Lunatic asylums Madras 1892-1911 - 1892-1911
Year: 1892
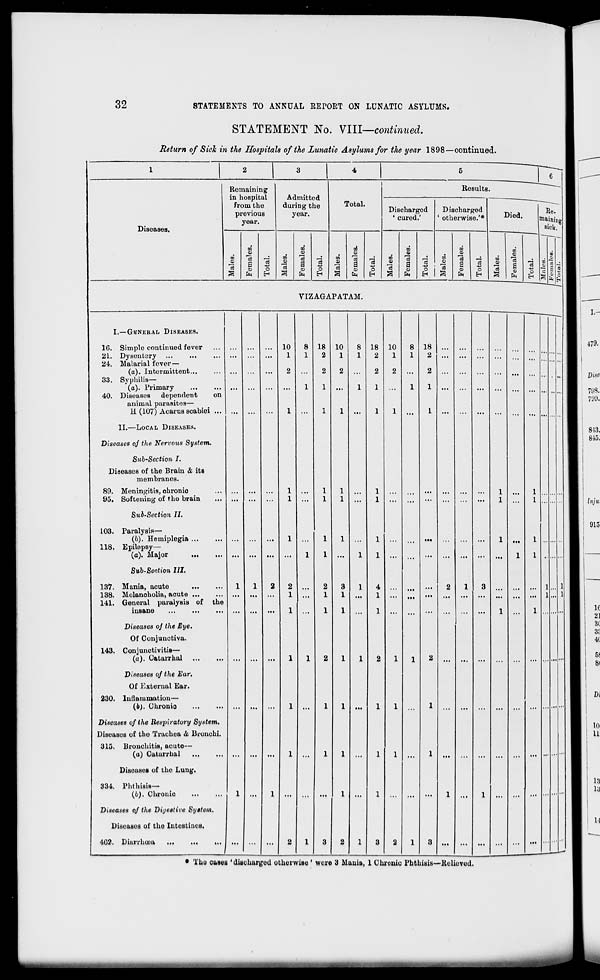
32
STATEMENTS TO ANNUAL EEPORT ON LUNATIC ASYLUMS.
STATEMENT No. VIII—continued.
Return of Sick in the Hospitals of the Lunatic Asylums for the year 1898—continued.
1
2
1 3
4
5
1
6
Diseases.
Remaining
in hospital
from the
previous
year.
Admitted
during the
year.
i
Total.
Results.
Discharged
' cured.'
Discharged
' otherwise.'*
Died.
Re.
oiaining
sick.
CO
w
'a
S
CO
"3
o
E-i
CO
"3
£3
CO
CD
a m
En
3
o
EH
CO
a
"3
2
a
CD
"a
o
CO
3
CO
a
o
En
'3
<->
i
° i
H 1
CO
"3
5
CO
CO
H
G
3
En
"3
O
H
co
3
00
CD
c8
S
CO
En
o
EH
to
|||
S & ti
VIZAGAPATAM.
I.—GICNKRAL DISEASES.
1G. Simple continued fever
21. Dysentery
24. Malarial fever—
(a). Intei'mittent...
33. Syphilis—
(a). Primary
40. Diseases dependent
on
animal parasites—
H (107) Acarus scabiei ...
...
...
...
10
1
2
1
8
1
1
18
2
2
1
1
10
1
2
1
8
1
1
18
2
2
1
1
10
1
2
1
8
1
1
18
2
2
1
1
...
...
...
...
...
...
II.—LOCAL DISEASES.
Diseases of the Nervous System.
Sub-Section I.
Diseases of the Brain & its
membranes.
89. Meningitis, ohronio
95. Softening of the brain
...
...
...
1
1
...
1
1
1
1
...
...
...
...
...
...
l
l
...
1
1
Sub-Section II.
103. Paralysis—
(6). Hemiplegia
118. Epilepsy—
(a). Major
...
...
1
1
1
1
1
1
...
...
...
...
...
...
l
1
1
1
Sub-Section III.
137. Mania, acute
138. Melancholia, acute
141. General paralysis of the
insane
i
1
2
2
1
1
...
2
1
1
3
1
1
1
...
...
...
2
1
3
l
...
1
1... 1
1... 1
Diseases of the Eye.
Of Conjunctiva.
143. Conjunctivitis—
(a). Catarrhal
...
...
...
1
1
2
1
1
2
1
1
2 ...
...
...
...
Diseases of the Ear.
Of Kxternal Ear.
230. Inflammation—
(b). Chronio
...
...
1
1
1 ...
1
1
1
Diseases of the Respiratory System.
Diseases of the Trachea & Bronchi.
315. Bronchitis, acute—
(a) Catarrhal
...
...
1
1
1
1
1 ...
1
...
...
...
...
■•'
Disoases of the Lung.
334. Phthisis—
(6). Chronic
i
1
...
1
1 ... ...
...
1
1
Diseases of the Diyeative System.
Disoases of the Intestines.
402. Diurrhuea
... ...
...
2
1
3
2
1
3
2
1
3 ...
...
...
/
—
• Tho cases 'discharged otherwise ■ were 3 Mania, 1 Clu-ouic Phthisis—Relieved.